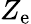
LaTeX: Z_{\mathrm{e}}